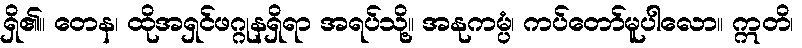
ရှိ၏။ တေန၊ ထိုအရှင်ဖဂ္ဂုနရှိရာ အရပ်သို့။ အနုကမ္ပံ၊ ကပ်တော်မူပါလော။ ဣတိ၊